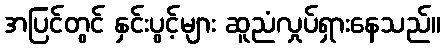
အပြင်တွင် နှင်းပွင့်များ ဆူညံလှုပ်ရှားနေသည်။